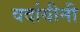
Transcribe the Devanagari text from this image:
वर्दायीनी